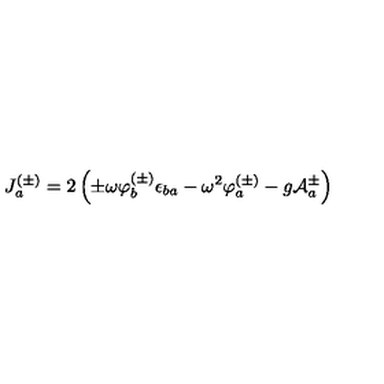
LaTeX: J _ { a } ^ { ( \pm ) } = 2 \left( \pm \omega \varphi _ { b } ^ { ( \pm ) } \epsilon _ { b a } - \omega ^ { 2 } \varphi _ { a } ^ { ( \pm ) } - g { \cal A } _ { a } ^ { \pm } \right)